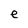
Character: e